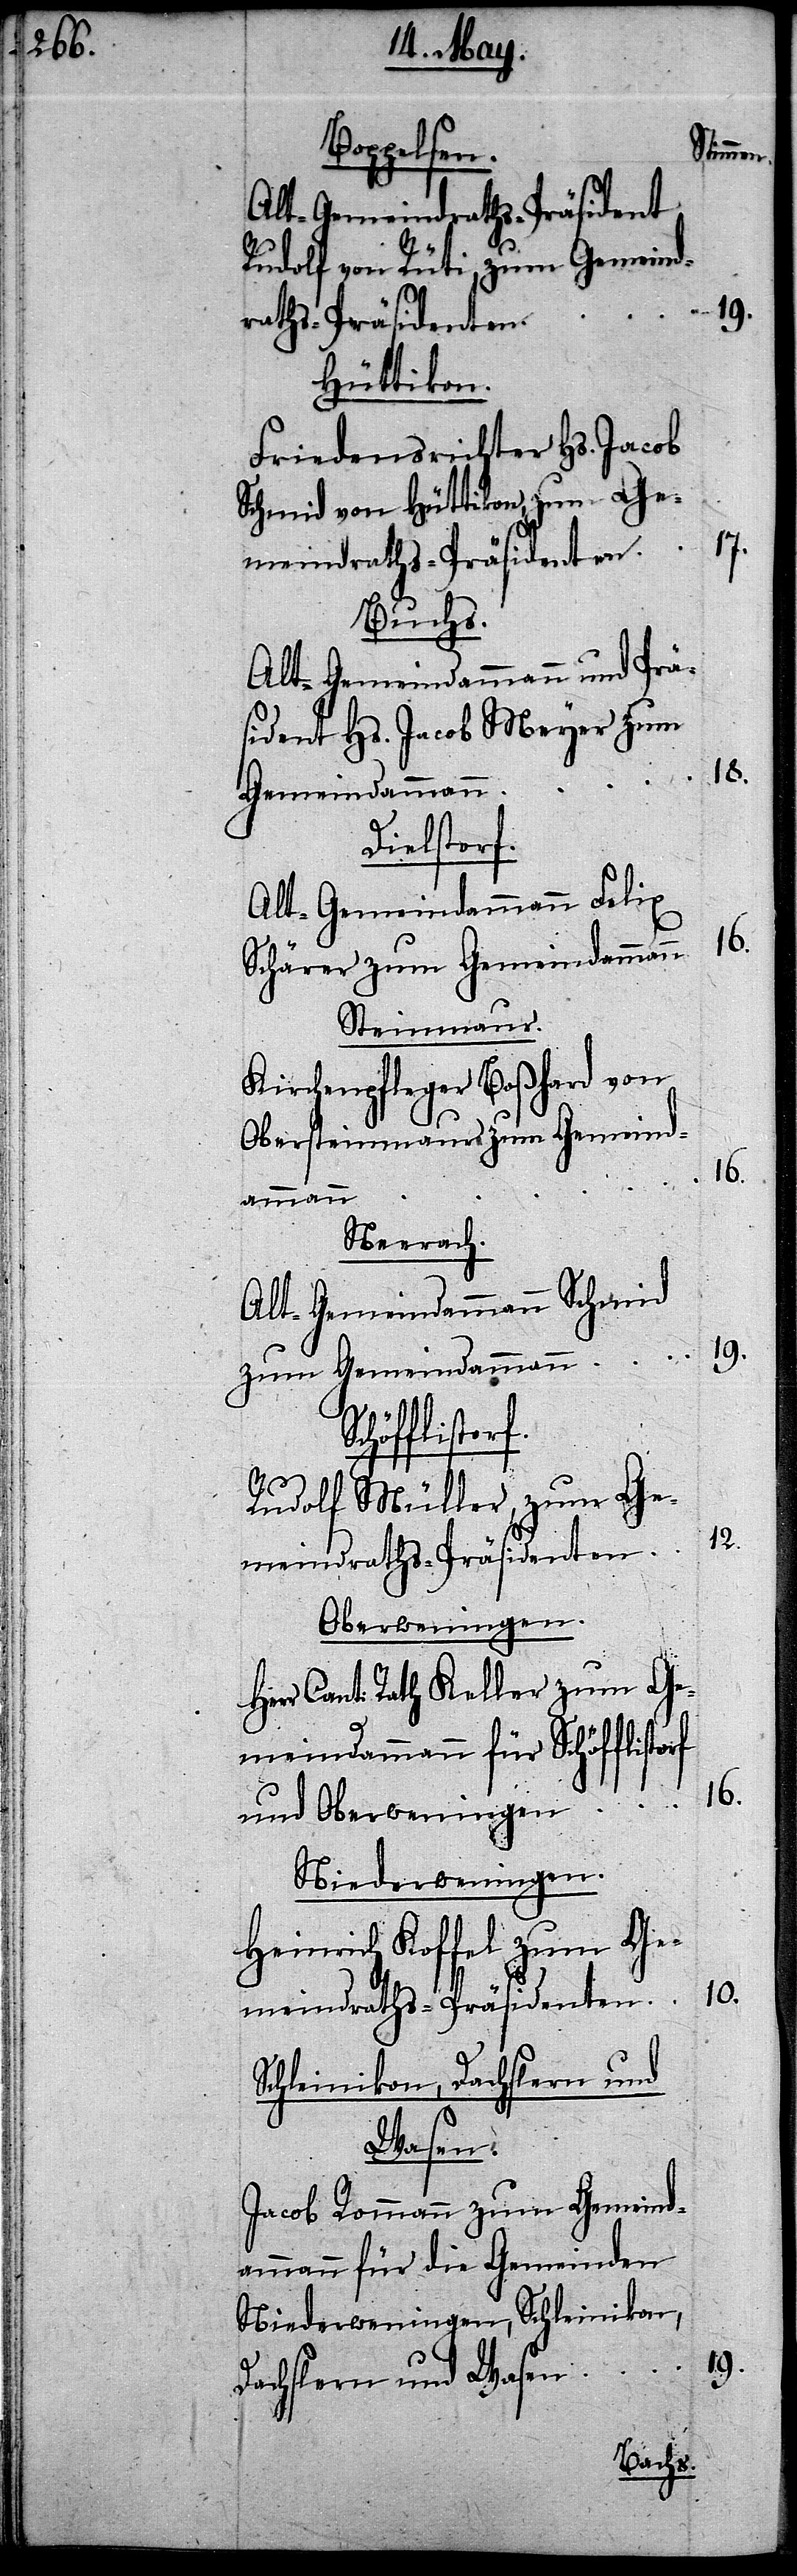
Boppelsen.
Stimmen.
Alt-Gemeindraths-Präsident
Rudolf von Rüti, zum Gemeind¬
raths-Präsidenten.
Hüttikon.
Friedensrichter Hs. Jacob
Schmid von Hüttikon, zum Ge¬
Buchs.
Alt-Gemeindammann und Prä¬
sident Hs. Jacob Meyer zum
18.
Gemeindammann
Dielstorf.
Alt-Gemeindammann Felix
Schärer zum Gemeindammann
Steinmaur.
Kirchenpfleger Boßhard von
Obersteinmaur zum Gemeind¬
16.
ammann
Neerach.
Alt-Gemeindammann Schmid
19.
zum Gemeindammann
flistorf
Rudolf Müller, zum Ge¬
12.
meindraths-Präsidenten
Oberweningen.
Herr Cant: Rath Keller zum Ge¬
meindammann für Schöf¬
und Oberweningen
Niederweningen.
Heinrich Koffel zum Ge¬
meindraths-Präsidenten
Schleinikon, Dachslern und
Wasen.
Jacob Rommann zum Gemeind¬
ammann für die Gemeinden
Niederweningen, Schleinikon,
Dachslern und Wasen

19.